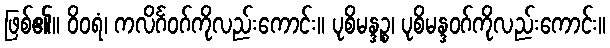
ဖြစ်၏။ ဝိဝရံ၊ ကလိင်္ဂဝဂ်ကိုလည်းကောင်း။ ပုစိမန္ဒဉ္စ၊ ပုစိမန္ဒဝဂ်ကိုလည်းကောင်း။